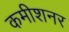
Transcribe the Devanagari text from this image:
कमीशनर